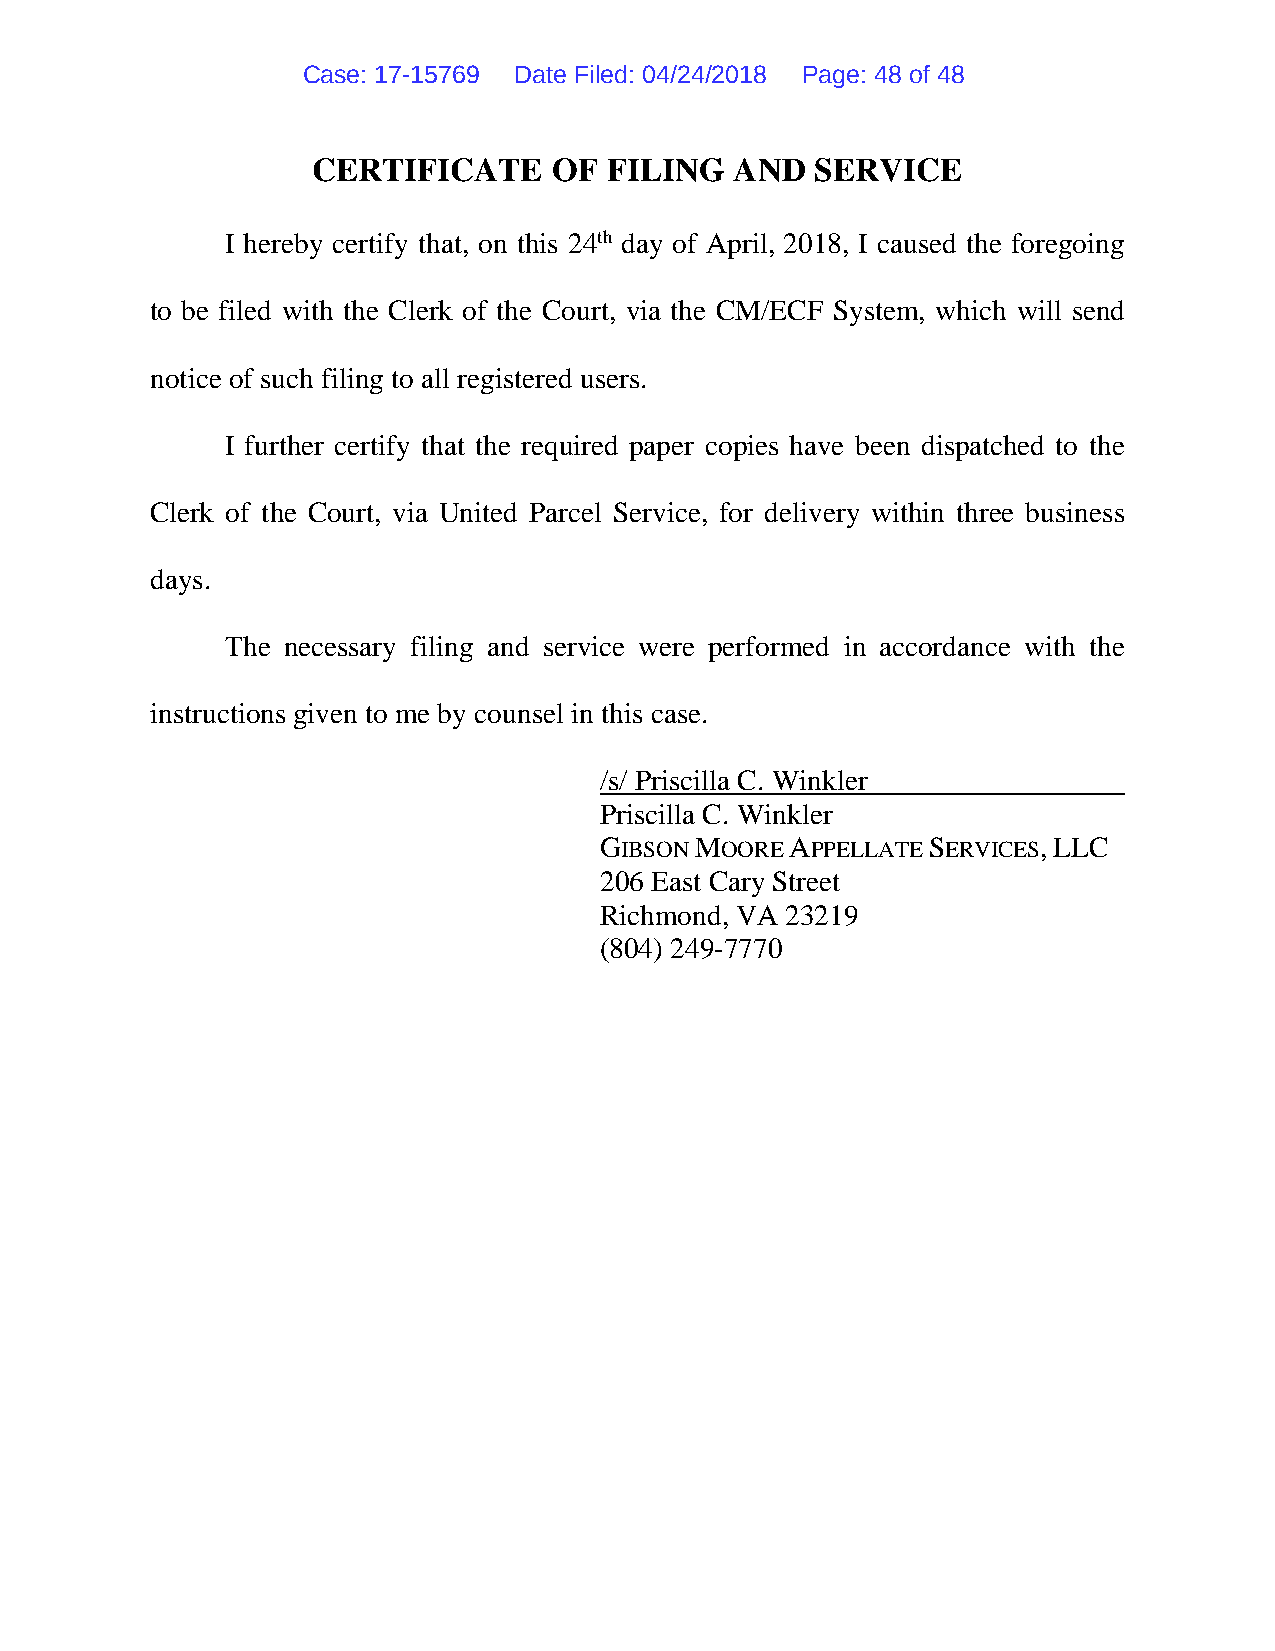
Case: 17-15769 Date Filed: 04/24/2018 Page: 48 of 48
 CERTIFICATE     OF FILING   AND  SERVICE
 I hereby certify that, on this 24th day of April, 2018, I caused the foregoing
 to be filed with the Clerk of the Court, via the CM/ECF System, which will send
 notice of such filing to all registered users.
 I further certify that the required paper copies have been dispatched to the
 Clerk of the Court, via United Parcel Service, for delivery within three business
 days.
 The necessary filing and service were performed in accordance with the
 instructions given to me by counsel in this case.
 /s/ Priscilla C. Winkler
 Priscilla C. Winkler
 GIBSON MOORE APPELLATE SERVICES, LLC
 206 East Cary Street
 Richmond, VA 23219
 (804) 249-7770